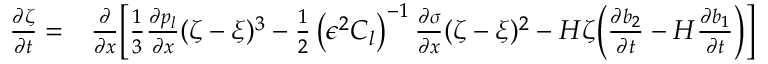
\begin{array} { r l } { \frac { \partial \zeta } { \partial t } = } & { { } \frac { \partial } { \partial x } \bigg [ \frac { 1 } { 3 } \frac { \partial p _ { l } } { \partial x } ( \zeta - \xi ) ^ { 3 } - \frac { 1 } { 2 } \left( \epsilon ^ { 2 } C _ { l } \right) ^ { - 1 } \frac { \partial \sigma } { \partial x } ( \zeta - \xi ) ^ { 2 } - H \zeta \bigg ( \frac { \partial b _ { 2 } } { \partial t } - H \frac { \partial b _ { 1 } } { \partial t } \bigg ) \bigg ] } \end{array}